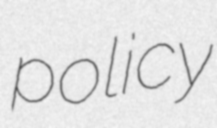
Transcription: policy